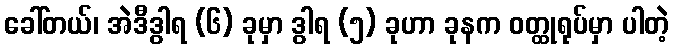
ခေါ်တယ်၊ အဲဒီဒွါရ (၆) ခုမှာ ဒွါရ (၅) ခုဟာ ခုနက ဝတ္ထုရုပ်မှာ ပါတဲ့